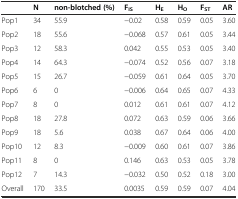
<table><thead><tr><td></td><td><b>N</b></td><td><b>non-blotched (%)</b></td><td><b>F<sub>is</sub></b></td><td><b>H<sub>E</sub></b></td><td><b>H<sub>o</sub></b></td><td><b>F<sub>st</sub></b></td><td><b>AR</b></td></tr></thead><tbody><tr><td>Pop1</td><td>34</td><td>55.9</td><td>−0.02</td><td>0.58</td><td>0.59</td><td>0.05</td><td>3.60</td></tr><tr><td>Pop2</td><td>18</td><td>55.6</td><td>−0.068</td><td>0.57</td><td>0.61</td><td>0.05</td><td>3.44</td></tr><tr><td>Pop3</td><td>12</td><td>58.3</td><td>0.042</td><td>0.55</td><td>0.53</td><td>0.05</td><td>3.40</td></tr><tr><td>Pop4</td><td>14</td><td>64.3</td><td>−0.074</td><td>0.52</td><td>0.56</td><td>0.07</td><td>3.18</td></tr><tr><td>Pop5</td><td>15</td><td>26.7</td><td>−0.059</td><td>0.61</td><td>0.64</td><td>0.05</td><td>3.70</td></tr><tr><td>Pop6</td><td>6</td><td>0</td><td>−0.006</td><td>0.64</td><td>0.65</td><td>0.07</td><td>4.33</td></tr><tr><td>Pop7</td><td>8</td><td>0</td><td>0.012</td><td>0.61</td><td>0.61</td><td>0.07</td><td>4.12</td></tr><tr><td>Pop8</td><td>18</td><td>27.8</td><td>0.072</td><td>0.63</td><td>0.59</td><td>0.06</td><td>3.66</td></tr><tr><td>Pop9</td><td>18</td><td>5.6</td><td>0.038</td><td>0.67</td><td>0.64</td><td>0.06</td><td>4.00</td></tr><tr><td>Pop10</td><td>12</td><td>8.3</td><td>−0.009</td><td>0.60</td><td>0.61</td><td>0.07</td><td>3.86</td></tr><tr><td>Pop11</td><td>8</td><td>0</td><td>0.146</td><td>0.63</td><td>0.53</td><td>0.05</td><td>3.78</td></tr><tr><td>Pop12</td><td>7</td><td>14.3</td><td>−0.032</td><td>0.50</td><td>0.52</td><td>0.18</td><td>3.00</td></tr><tr><td>Overall</td><td>170</td><td>33.5</td><td>0.0035</td><td>0.59</td><td>0.59</td><td>0.07</td><td>4.04</td></tr></tbody></table>